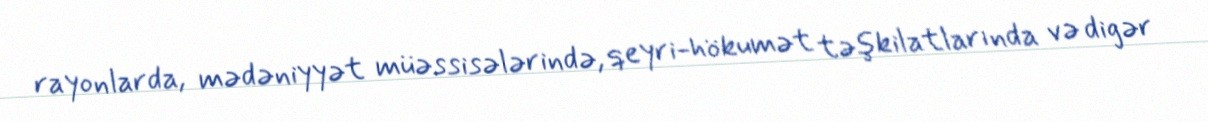
rayonlarda, mədəniyyət müəssisələrində, qeyri-hökumət təşkilatlarında və digər